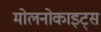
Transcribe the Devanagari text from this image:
मोलनोकाइट्स